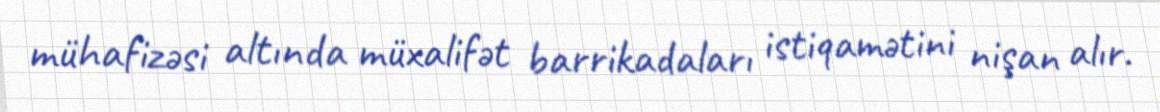
mühafizəsi altında müxalifət barrikadaları istiqamətini nişan alır.